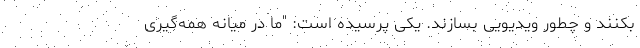
بکنند و چطور ویدیویی بسازند. یکی پرسیده است: "ما در میانه همه‌گیری